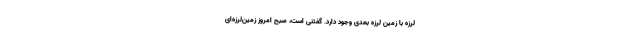
لرزه با زمین لرزه بعدی وجود دارد. گفتنی است، صبح امروز زمین‌لرزه‌ای